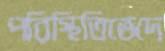
পরিস্থিতিভেদে